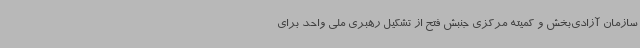
سازمان آزادی‌بخش و کمیته مرکزی جنبش فتح از تشکیل رهبری ملی واحد برای